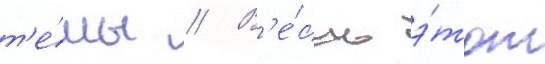
т'е́мы // В'е́сь э́тот